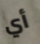
أي